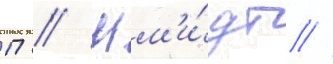
П // Шм'и́дт //